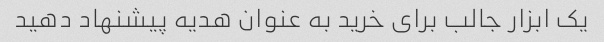
یک ابزار جالب برای خرید به عنوان هدیه پیشنهاد دهید